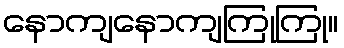
နောကျနောကျကြုကြု။